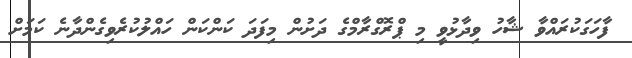
ފާހަގަކުރައްވާ ޝާހު ވިދާޅުވީ މި ޕްރޮގްރާމްގެ ދަށުން މިފަދަ ކަންކަން ހައްލުކުރެވިގެންދާނެ ކަމަށް